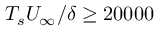
T _ { s } U _ { \infty } / \delta \geq 2 0 0 0 0